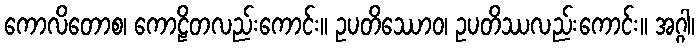
ကောလိတောစ၊ ကောဠိတလည်းကောင်း။ ဥပတိဿောဝ၊ ဥပတိဿလည်းကောင်း။ အဂ္ဂါ၊